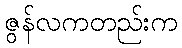
ဇွန်လကတည်းက